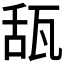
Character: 𤭇